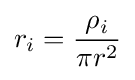
r_{i}={\frac {\rho _{i}}{\pi r^{2}}}